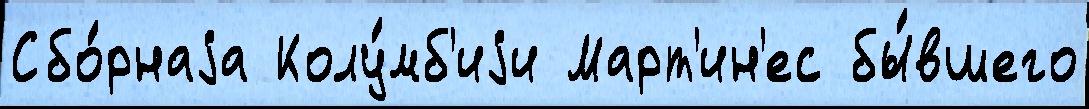
Сбо́рнаjа Колу́мб'иjи Март'ин'ес бы́вшего